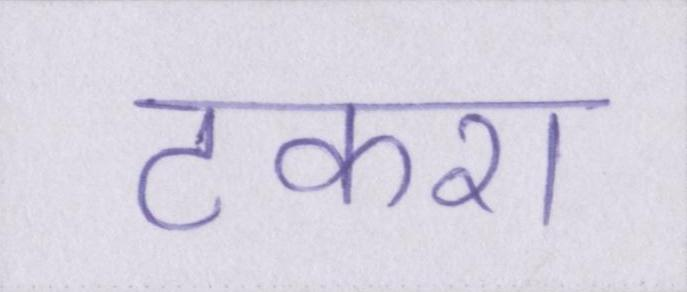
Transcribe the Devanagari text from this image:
टकरा